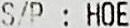
S/P : HOE